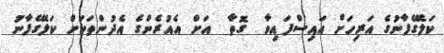
ކަލޭގެފާނުގެ އަރިހަށް އައިސްފައިވާ  ގޮތާ  އަށް އެއުރެންގެ އެދުންތަކަށް ކަލޭގެފާނު